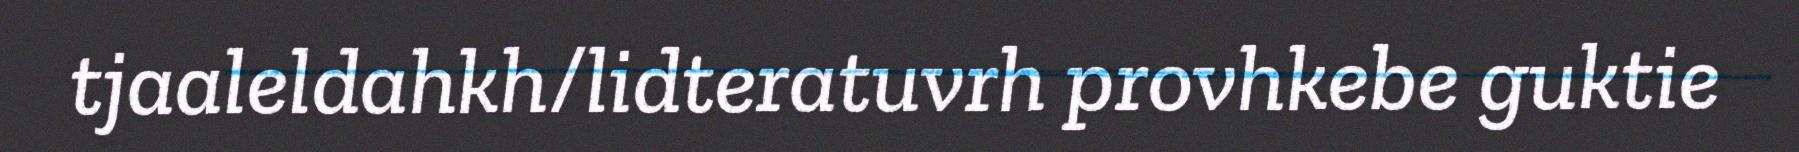
tjaaleldahkh/lidteratuvrh provhkebe guktie